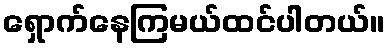
ရှောက်နေကြမယ်ထင်ပါတယ်။